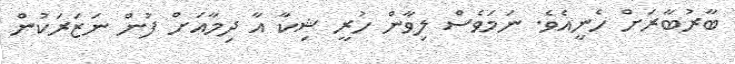
ބާރުބާރަށް ހެނީއެވެ. ނަމަވެސް ލިވާން ހުރީ ޝިކާ އާ ދިމާއަށް ފުން ނަޒަރަކުން